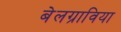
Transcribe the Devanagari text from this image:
बेलग्राविया